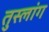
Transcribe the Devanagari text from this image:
तुस्‍लांग